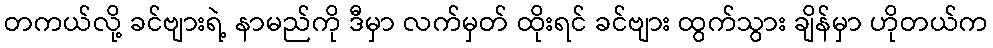
တကယ်လို့ ခင်ဗျားရဲ့ နာမည်ကို ဒီမှာ လက်မှတ် ထိုးရင် ခင်ဗျား ထွက်သွား ချိန်မှာ ဟိုတယ်က